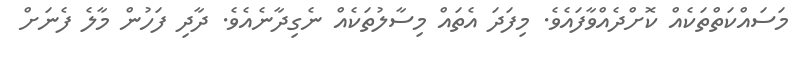
މަސައްކަތްތަކެއް ކޮށްދެއްވާފައެވެ. މިފަދަ އެތައް މިސާލުތަކެއް ނެގިދާނެއެވެ. ދާދި ފަހުން މާލެ ފެނަށް